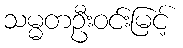
သမ္မတဦးဝင်းမြင့်